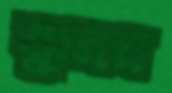
ঝুনন